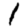
Digit: 1